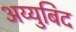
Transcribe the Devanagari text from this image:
अय्युबिद